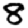
Digit: 8